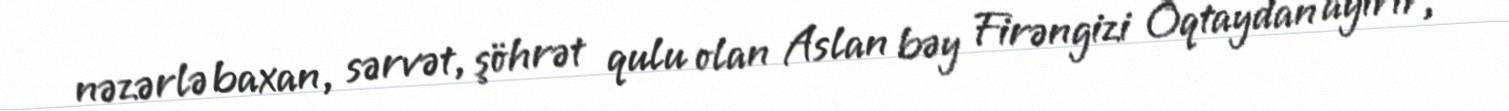
nəzərlə baxan, sərvət, şöhrət qulu olan Aslan bəy Firəngizi Oqtaydan ayırır,